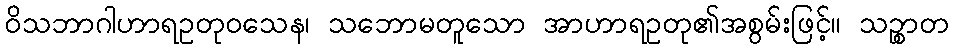
ဝိသဘာဂါဟာရဥတုဝသေန၊ သဘောမတူသော အာဟာရဥတု၏အစွမ်းဖြင့်။ သဉ္စာတ